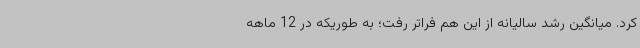
کرد. میانگین رشد سالیانه از این هم فراتر رفت؛ به طوریکه در 12 ماهه